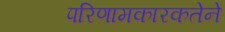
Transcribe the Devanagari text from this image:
परिणामकारकतेने